Annual report of the Punjab Veterinary College and of the Civil Veterinary Department, Punjab - 1920-1925
Year: 1920
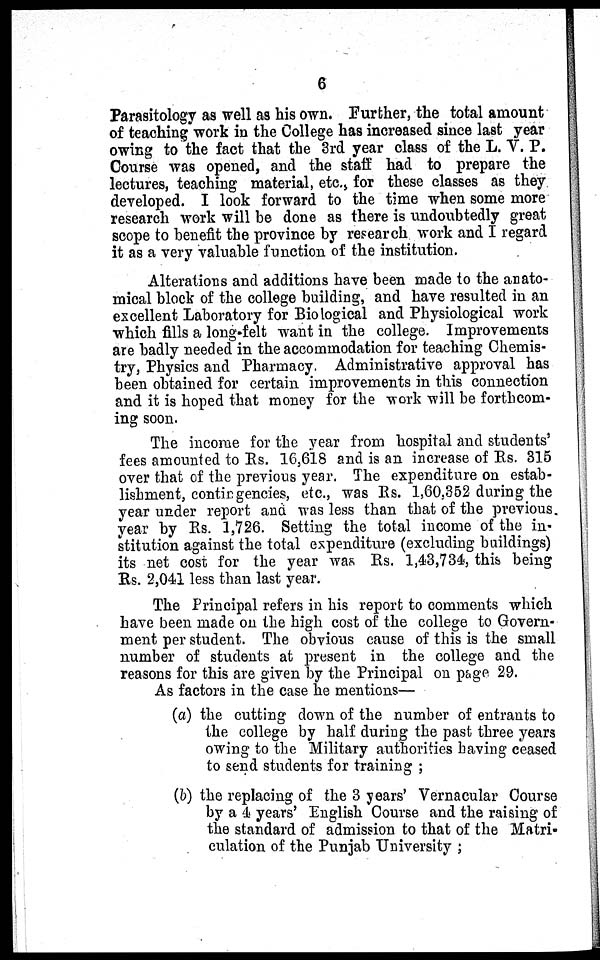
6
Parasitology as well as his own. Further, the total amount
of teaching work in the College has increased since last year
owing to the fact that the 3rd year class of the L. V. P.
Course was opened, and the staff had to prepare the
lectures, teaching material, etc., for these classes as they
developed. I look forward to the time when some more
research work will be done as there is undoubtedly great
scope to benefit the province by research work and I regard
it as a very valuable function of the institution.
Alterations and additions have been made to the anato-
mical block of the college building, and have resulted in an
excellent Laboratory for Biological and Physiological work
which fills a long-felt want in the college. Improvements
are badly needed in the accommodation for teaching Chemis-
try, Physics and Pharmacy. Administrative approval has
been obtained for certain improvements in this connection
and it is hoped that money for the work will be forthcom-
ing soon.
The income for the year from hospital and students'
fees amounted to Rs. 16,618 and is an increase of Rs. 315
over that of the previous year. The expenditure on estab-
lishment, contingencies, etc., was Rs. 1,60,352 during the
year under report and was less than that of the previous
year by Rs. 1,726. Setting the total income of the in-
stitution against the total expenditure (excluding buildings)
its net cost for the year was Rs. 1,43,734, this being
Rs. 2,041 less than last year.
The Principal refers in his report to comments which
have been made on the high cost of the college to Govern-
ment per student. The obvious cause of this is the small
number of students at present in the college and the
reasons for this are given by the Principal on page 29.
As factors in the case he mentions—
(a) the cutting down of the number of entrants to
the college by half during the past three years
owing to the Military authorities having ceased
to send students for training;
(b) the replacing of the 3 years' Vernacular Course
by a 4 years' English Course and the raising of
the standard of admission to that of the Matri-
culation of the Punjab University;